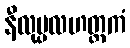
နီလုပ္ပလဟတ္ထကံ